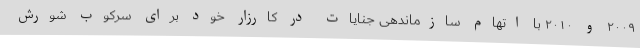
۲۰۰۹ و ۲۰۱۰ با اتهام سازماندهی جنایات در کارزار خود برای سرکوب شورش